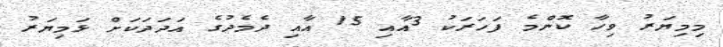
މިމިޔަރު ވިހާ ކޮންމެ ފަހަރަކު 3އާއި 15 އާއި ދެމެދުގެ އަދަދަކަށް ޅަމިޔަރު